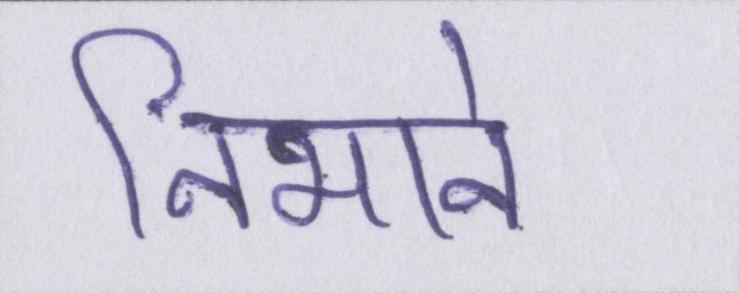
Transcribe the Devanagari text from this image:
निभाने